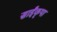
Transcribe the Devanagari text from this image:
साईंकृपा